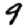
Digit: 9